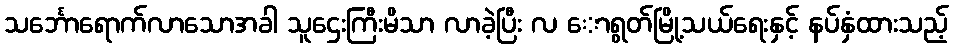
သင်္ဘောရောက်လာသောအခါ သူဌေးကြီးမိသာ လာခဲ့ပြီး လ ောရွတ်မြို့သယ်ရေးနှင့် နပ်နှံထားသည့်